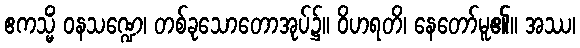
ဧကသ္မိံ ဝနသဏ္ဍေ၊ တစ်ခုသောတောအုပ်၌။ ဝိဟရတိ၊ နေတော်မူ၏။ အဿ၊